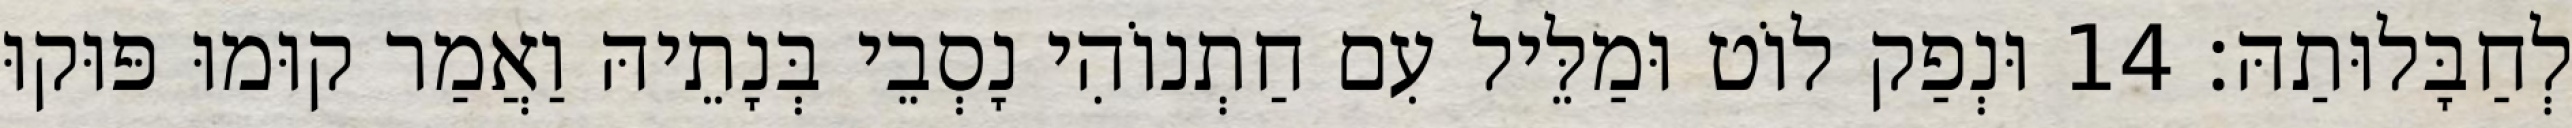
לְחַבָּלוּתַהּ׃ 14 וּנְפַק לוֹט וּמַלֵּיל עִם חַתְנוֹהִי נָסְבֵי בְּנָתֵיהּ וַאֲמַר קוּמוּ פּוּקוּ